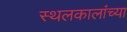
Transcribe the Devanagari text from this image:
स्थलकालांच्या